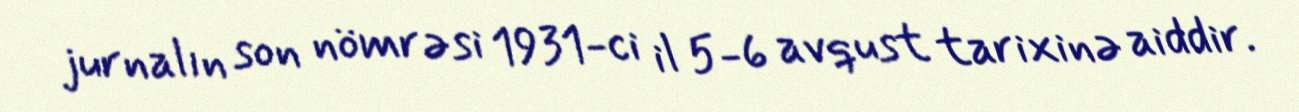
jurnalın son nömrəsi 1931-ci il 5-6 avqust tarixinə aiddir.